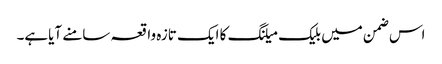
اس ضمن میں بلیک میلنگ کا ایک تازہ واقعہ سامنے آیاہے۔